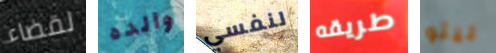
لقضاء والده لنفسي طريقه ليتو